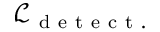
\mathcal { L } _ { \mathrm { ~ d ~ e ~ t ~ e ~ c ~ t ~ . ~ } }